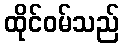
ထိုင်ဝမ်သည်